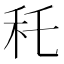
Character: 秅